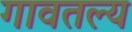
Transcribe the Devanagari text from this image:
गावतल्य